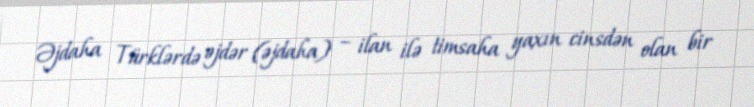
Əjdaha Türklərdə əjdər (əjdaha) – ilan ilə timsaha yaxın cinsdən olan bir